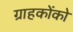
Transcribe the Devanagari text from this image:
ग्राहकोंको